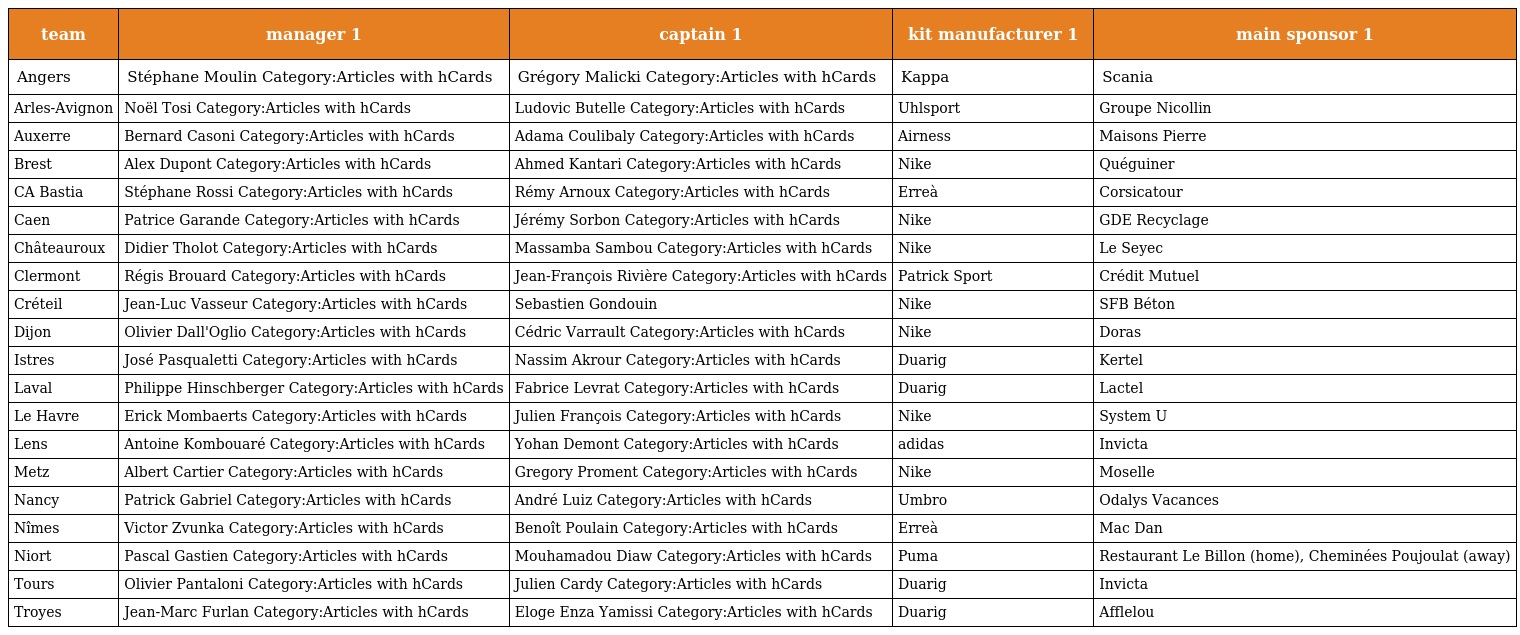
| team | manager 1 | captain 1 | kit manufacturer 1 | main sponsor 1 |
 | --- | --- | --- | --- | --- |
 | Angers | Stéphane Moulin Category:Articles with hCards | Grégory Malicki Category:Articles with hCards | Kappa | Scania |
 | Arles-Avignon | Noël Tosi Category:Articles with hCards | Ludovic Butelle Category:Articles with hCards | Uhlsport | Groupe Nicollin |
 | Auxerre | Bernard Casoni Category:Articles with hCards | Adama Coulibaly Category:Articles with hCards | Airness | Maisons Pierre |
 | Brest | Alex Dupont Category:Articles with hCards | Ahmed Kantari Category:Articles with hCards | Nike | Quéguiner |
 | CA Bastia | Stéphane Rossi Category:Articles with hCards | Rémy Arnoux Category:Articles with hCards | Erreà | Corsicatour |
 | Caen | Patrice Garande Category:Articles with hCards | Jérémy Sorbon Category:Articles with hCards | Nike | GDE Recyclage |
 | Châteauroux | Didier Tholot Category:Articles with hCards | Massamba Sambou Category:Articles with hCards | Nike | Le Seyec |
 | Clermont | Régis Brouard Category:Articles with hCards | Jean-François Rivière Category:Articles with hCards | Patrick Sport | Crédit Mutuel |
 | Créteil | Jean-Luc Vasseur Category:Articles with hCards | Sebastien Gondouin | Nike | SFB Béton |
 | Dijon | Olivier Dall'Oglio Category:Articles with hCards | Cédric Varrault Category:Articles with hCards | Nike | Doras |
 | Istres | José Pasqualetti Category:Articles with hCards | Nassim Akrour Category:Articles with hCards | Duarig | Kertel |
 | Laval | Philippe Hinschberger Category:Articles with hCards | Fabrice Levrat Category:Articles with hCards | Duarig | Lactel |
 | Le Havre | Erick Mombaerts Category:Articles with hCards | Julien François Category:Articles with hCards | Nike | System U |
 | Lens | Antoine Kombouaré Category:Articles with hCards | Yohan Demont Category:Articles with hCards | adidas | Invicta |
 | Metz | Albert Cartier Category:Articles with hCards | Gregory Proment Category:Articles with hCards | Nike | Moselle |
 | Nancy | Patrick Gabriel Category:Articles with hCards | André Luiz Category:Articles with hCards | Umbro | Odalys Vacances |
 | Nîmes | Victor Zvunka Category:Articles with hCards | Benoît Poulain Category:Articles with hCards | Erreà | Mac Dan |
 | Niort | Pascal Gastien Category:Articles with hCards | Mouhamadou Diaw Category:Articles with hCards | Puma | Restaurant Le Billon (home), Cheminées Poujoulat (away) |
 | Tours | Olivier Pantaloni Category:Articles with hCards | Julien Cardy Category:Articles with hCards | Duarig | Invicta |
 | Troyes | Jean-Marc Furlan Category:Articles with hCards | Eloge Enza Yamissi Category:Articles with hCards | Duarig | Afflelou |